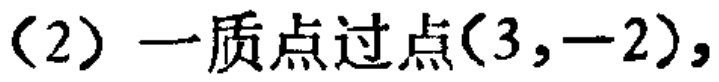
(2) 一质点过点$(3,-2),$